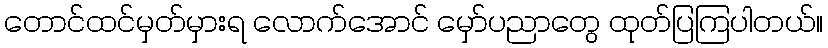
တောင်ထင်မှတ်မှားရ လောက်အောင် မှော်ပညာတွေ ထုတ်ပြကြပါတယ်။